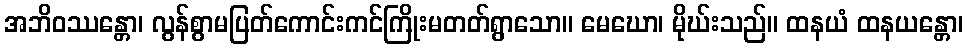
အဘိဝဿန္တော၊ လွန်စွာမပြတ်ကောင်းကင်ကြိုးမတတ်ရွာသော။ မေဃော၊ မိုဃ်းသည်။ ထနယံ ထနယန္တော၊